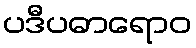
ပဒီပဓာရောဝ